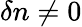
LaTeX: \delta n\ne 0